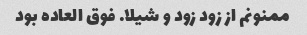
ممنونم از زود زود و شیلا. فوق العاده بود